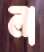
লা